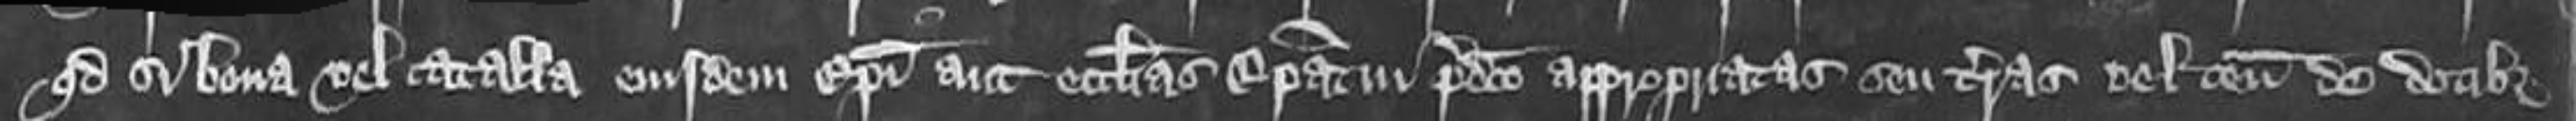
quod si bona vel catalla eiusdem Episcopi aut ecclesias Episcopatui predicto appropriatas seu terras vel tenementa de dotibus